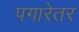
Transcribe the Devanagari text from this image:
पगारेतर